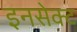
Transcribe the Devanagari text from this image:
इनसेक्ट